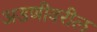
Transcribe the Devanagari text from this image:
अडणीवरील